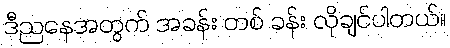
ဒီညနေအတွက် အခန်း တစ် ခန်း လိုချင်ပါတယ်။